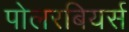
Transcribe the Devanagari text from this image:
पोलरबियर्स